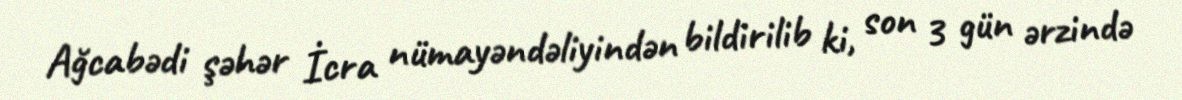
Ağcabədi şəhər İcra nümayəndəliyindən bildirilib ki, son 3 gün ərzində